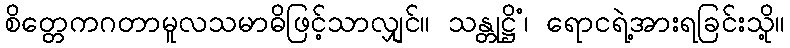
စိတ္တေကဂတာမူလသမာဓိဖြင့်သာလျှင်။ သန္တုဋ္ဌိံ၊ ရောငရဲ့အားရခြင်းသို့။